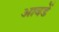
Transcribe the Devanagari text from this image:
आवडें